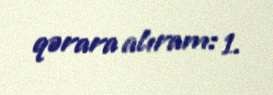
qərara alıram: 1.